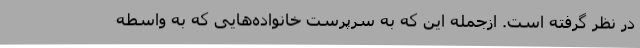
در نظر گرفته است. ازجمله این که به سرپرست خانواده‌هایی که به واسطه